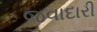
જવાદારી